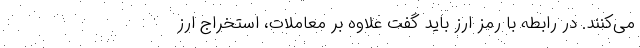
می‌کنند. در رابطه با رمز ارز باید گفت علاوه بر معاملات، استخراج ارز